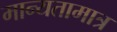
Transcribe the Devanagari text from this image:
मान्यतामात्र